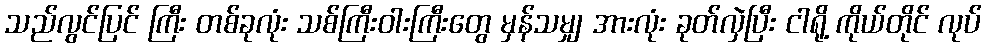
သည်လွင်ပြင် ကြီး တစ်ခုလုံး သစ်ကြီးဝါးကြီးတွေ မှန်သမျှ အားလုံး ခုတ်လှဲပြီး ငါရို့ ကိုယ်တိုင် လုပ်